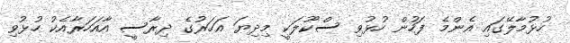
ހުޅުމާލޭގައި އެންމެ ފަހުން ހުޅުވި ސްކޫލަކީ މިދިޔަ އަހަރުގެ ދިރާސީ އާއަހަރާއެކު ހުޅުވި